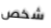
شخص